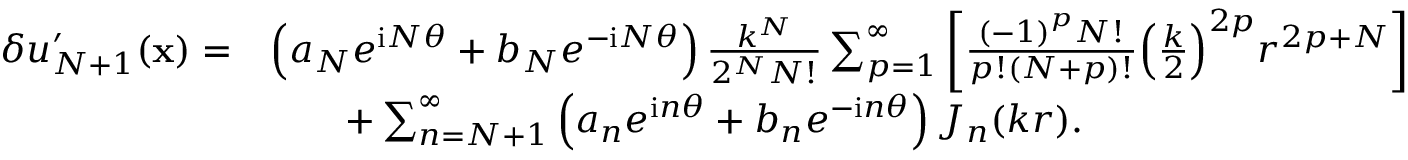
\begin{array} { r l } { \delta u _ { N + 1 } ^ { \prime } ( \mathbf x ) = } & { \left( { a _ { N } } { e ^ { \mathrm i N \theta } } + { b _ { N } } { e ^ { - \mathrm i N \theta } } \right) { \frac { { k ^ { N } } } { { 2 ^ { N } } N ! } } \sum _ { p = 1 } ^ { \infty } { \left[ { { \frac { { { ( - 1 ) } ^ { p } } N ! } { p ! ( N + p ) ! } } { { \left( { { \frac { k } { 2 } } } \right) } ^ { 2 p } } { r ^ { 2 p + N } } } \right] } } \\ & { \qquad + \sum _ { n = N + 1 } ^ { \infty } { \left( { a _ { n } } { e ^ { \mathrm i n \theta } } + { b _ { n } } { e ^ { - \mathrm i n \theta } } \right) { J _ { n } } ( k r ) } . } \end{array}